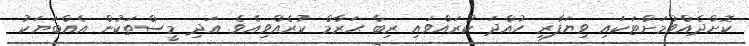
ކޮށްދެއްވުމަށްޓަކައި ވިޔަފާރި ހުއްދަ ކުރައްވައި ރިބާ ޙަރާމް ކުރެއްވިއެވެ. އަދި މީސްތަކުން އެއްބަޔަކު